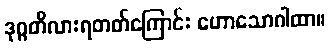
ဒုဂ္ဂတိလားရတတ်ကြောင်း ဟောသောဂါထာ။